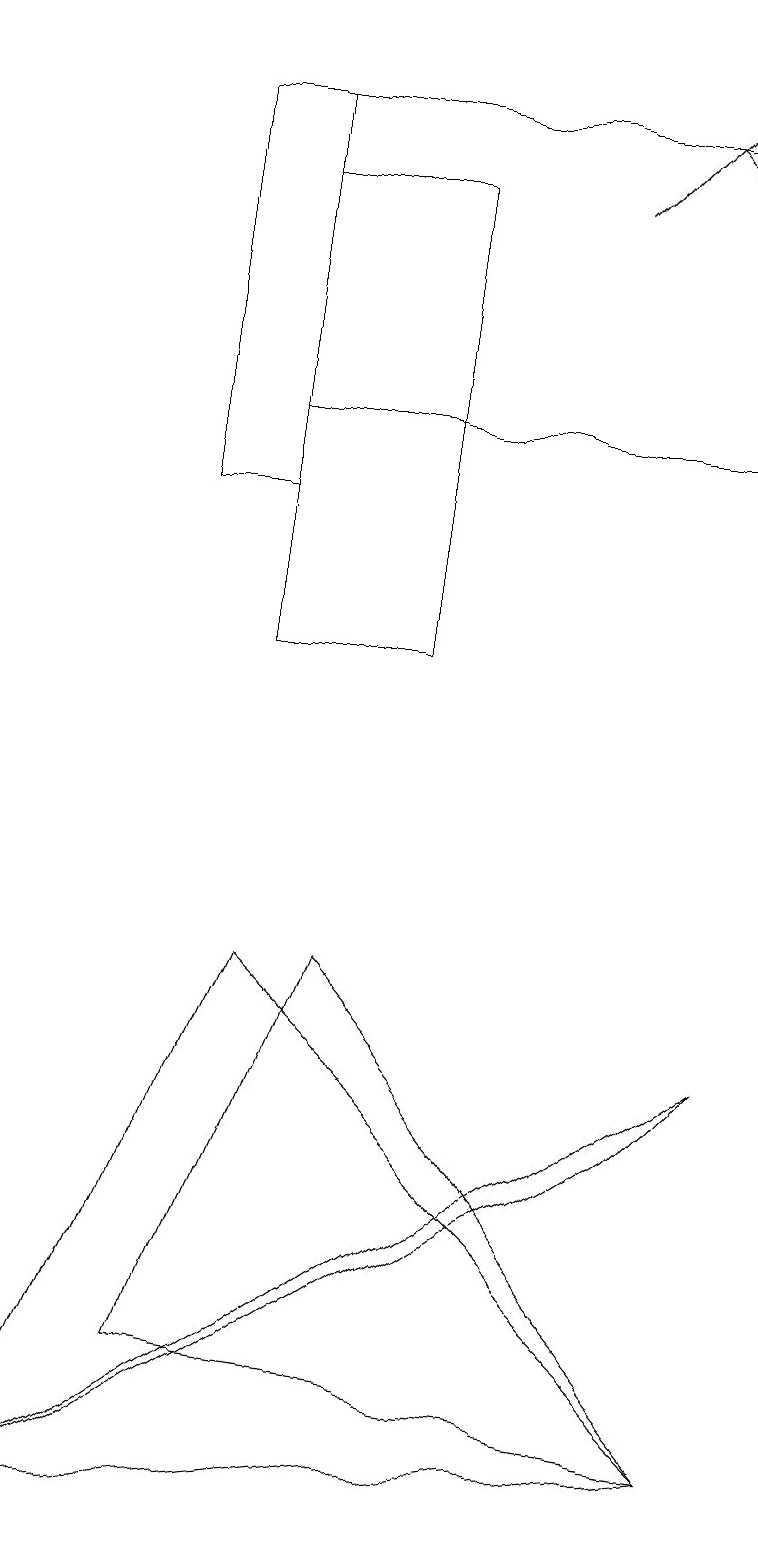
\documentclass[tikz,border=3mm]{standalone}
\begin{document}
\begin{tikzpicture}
\draw[->] (7,17) -- (9,19);
\draw[->] (8,18) -- (9,17);
\draw (3,18) rectangle (9,14);
\draw (3,18) rectangle (2,13);
\draw (3,7) -- (9,1) -- (0,0) -- cycle;
\draw (3,17) rectangle (5,11);
\draw (4,7) -- (9,1) -- (2,2) -- cycle;
\draw (9,6) -- (0,0) -- (8,5) -- cycle;
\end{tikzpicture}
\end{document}